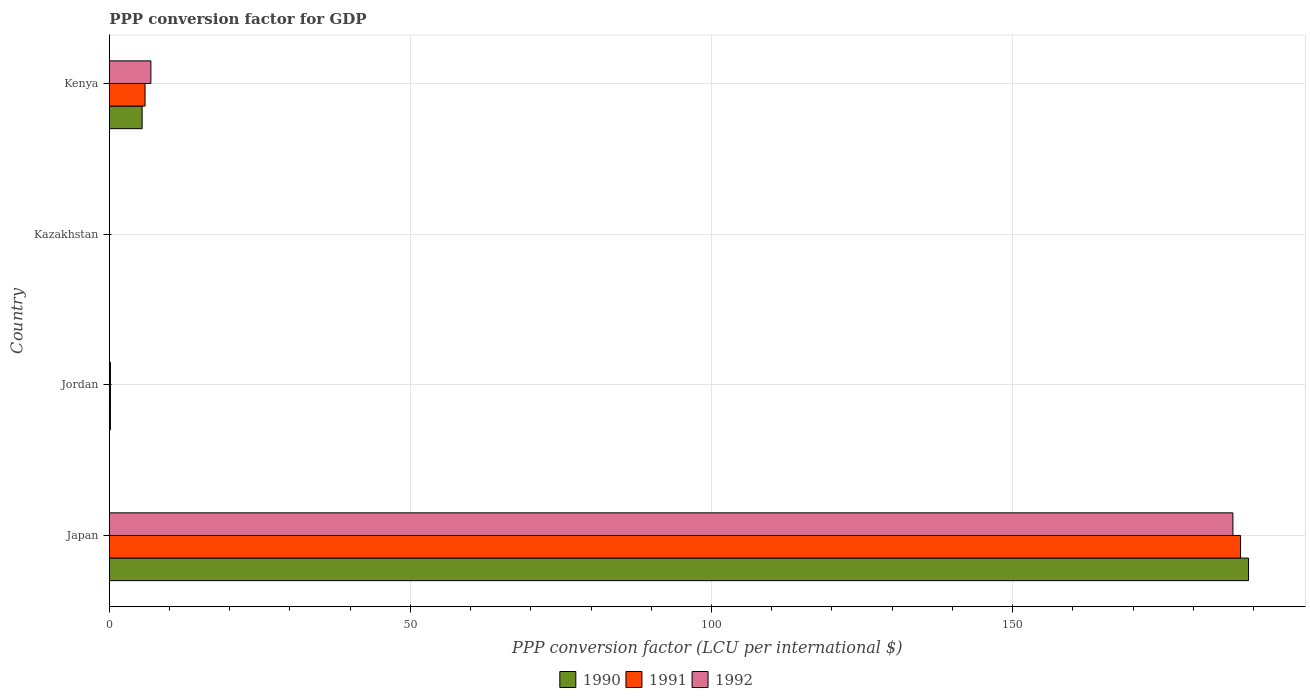
| Country | 1990 | 1991 | 1992 |
 | --- | --- | --- | --- |
 | Japan | 189 | 188 | 187 |
 | Jordan | 0.191 | 0.194 | 0.196 |
 | Kazakhstan | 0.000689 | 0.00131 | 0.0201 |
 | Kenya | 5.46 | 5.94 | 6.91 |